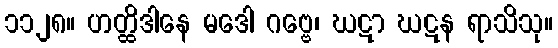
၁၁၂၈။ ဟတ္ထိဒါနေ မဒေါ ဂဗ္ဗေ၊ ဃဋာ ဃဋန ရာသိသု။